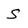
Character: S